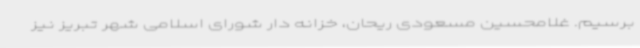
برسیم. غلامحسین مسعودی ریحان، خزانه دار شورای اسلامی شهر تبریز نیز